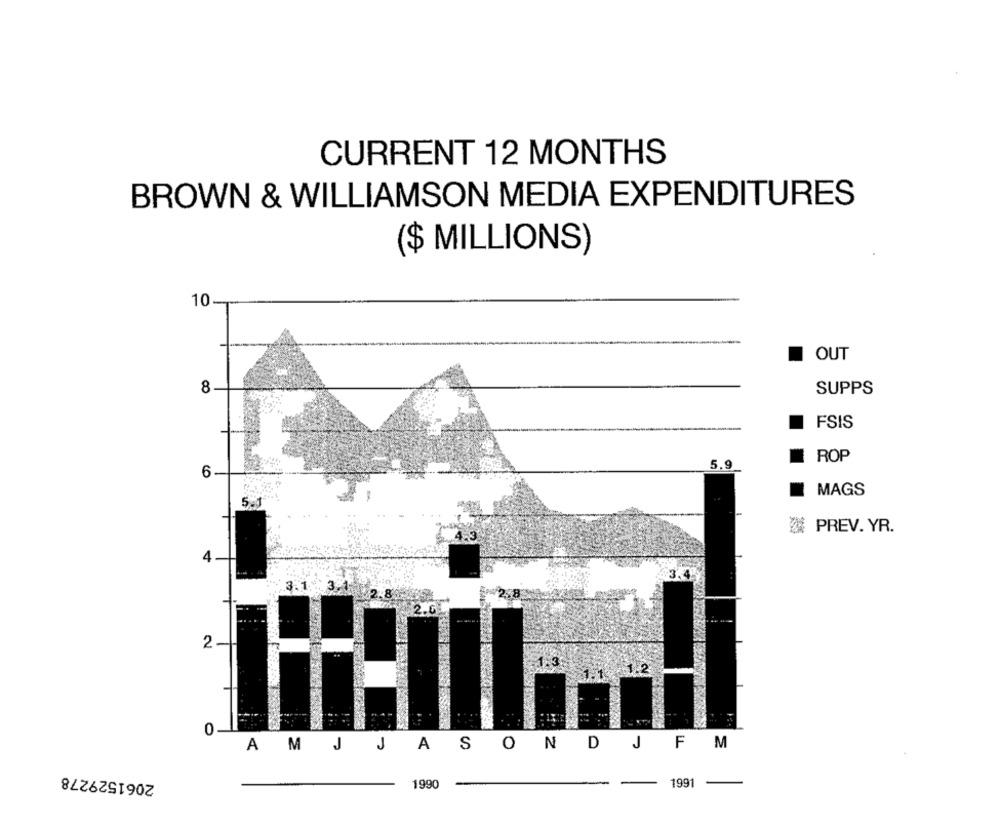
CURRENT 12 MONTHS
BROWN & WILLIAMSON MEDIA EXPENDITURES
($ MILLIONS)
10
OUT
8
SUPPS
FSIS
ROP
6
5.9
MAGS
5.
2 PREV. YR.
4
3.1.
.3.
2
1. 1.
0
A M J JASONDJFM
2061529278
1990
1991